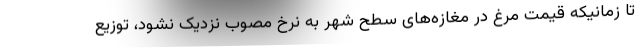
تا زمانیکه قیمت مرغ در مغازه‌های سطح شهر به نرخ مصوب نزدیک نشود، توزیع